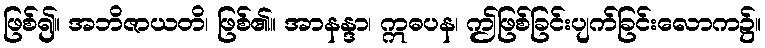
ဖြစ်၍။ အဘိဇာယတိ၊ ဖြစ်၏။ အာနန္ဒာ၊ ဣဓပန၊ ဤဖြစ်ခြင်းပျက်ခြင်းလောက၌။